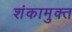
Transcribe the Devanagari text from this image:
शंकामुक्त